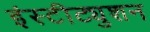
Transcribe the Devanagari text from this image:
इंस्टीट्युशन